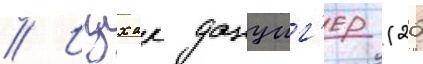
// Ицхак данциг'ер (26